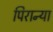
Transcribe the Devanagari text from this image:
पिरान्या